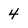
Character: 4